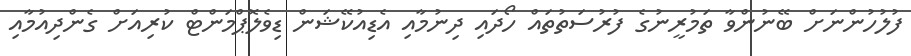
ފުލުހުންނަށް ބޭނުންވާ ތަމުރީނުގެ ފުރުސަތުތައް ހޯދައި ދިނުމާއި އެޑިއުކޭޝަން ޑިވެލޮޕްމަންޓް ކުރިއަށް ގެންދިއުމާއި